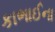
કાભાઈના